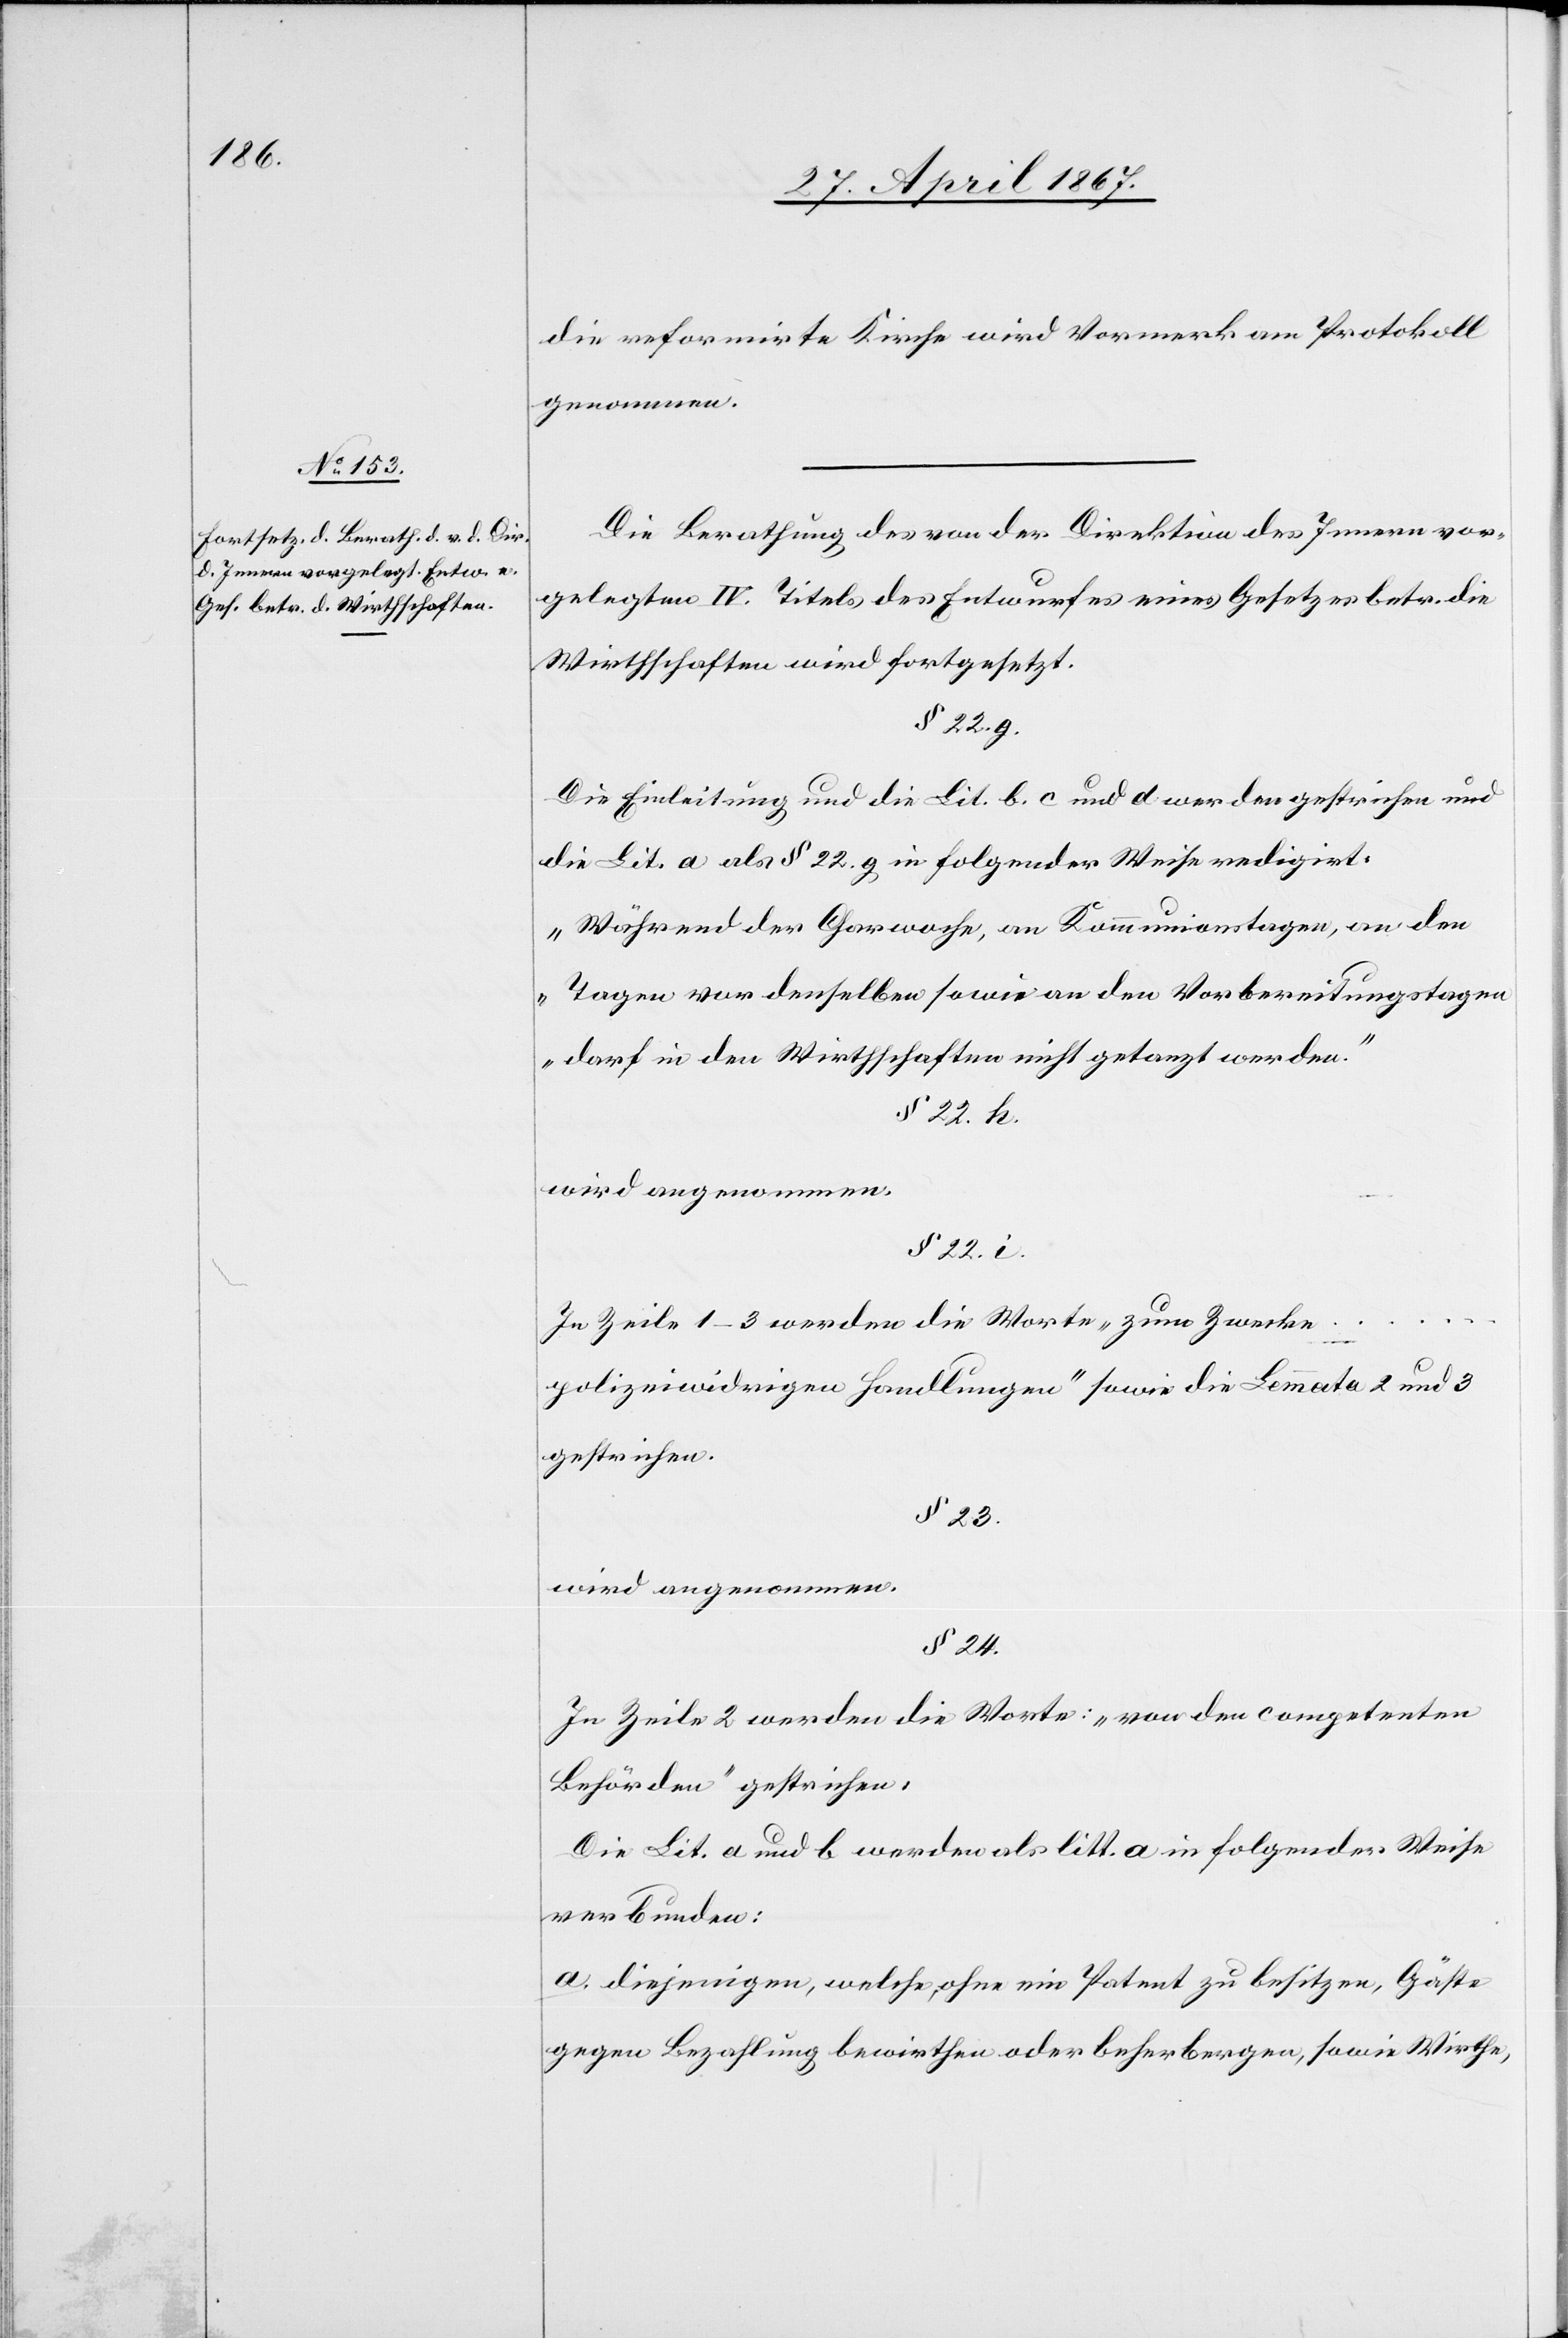
die reformirte Kirche wird Vormerk am Protokoll
genommen.
Die Berathung des von der Direktion des Innern vor¬
gelegten IV. Titels des Entwurfes eines Gesetzes betr. die
Wirthschaften wird fortgesetzt.
§ 22. g.
Die Einleitung und die Lit. b.[,] c. und d werden gestrichen und
die Lit. a als § 22. g. folgender Weise redigirt:
„Während der Chorwache, an Kommunionstagen, an den
Tagen vor denselben sowie an den Vorbereitungstagen
darf in den Wirthschaften nicht getanzt werden.“
§ 22. k.
wird angenommen.
§ 22. i.
In Zeile 1–3 werden die Worte „zum Zwecke
polizeiwidrigen Handlungen“ sowie die Lemmata 2 und 3
gestrichen.
§ 23.
wird angenommen.
§ 24.
In Zeile 2 werden die Worte: „war den competenten
Behörden“ gestrichen,
Die Lit. a und b werden als litt. a in folgender Weise
verbunden:
a. [„]diejenigen, welche, ohne ein Patent zu besitzen, Gäste
gegen Bezahlung bewirthen oder beherbergen, sowie Wirthe,